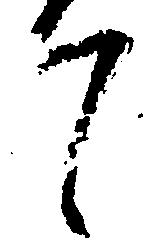
て